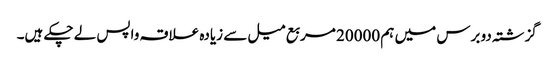
گزشتہ دو برس میں ہم 20000 مربع میل سے زیادہ علاقہ واپس لے چکے ہیں۔